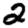
Digit: 2